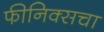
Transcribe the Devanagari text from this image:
फीनिक्सचा